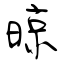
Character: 晾